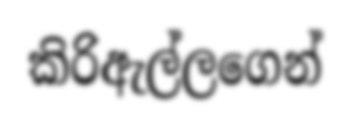
කිරිඇල්ලගෙන්